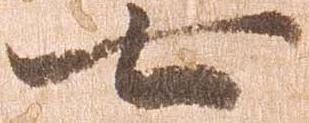
七